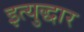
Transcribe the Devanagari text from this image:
इत्युद्धार